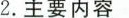
2.主要内容